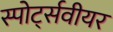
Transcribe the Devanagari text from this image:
स्पोर्ट्सवीयर